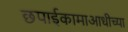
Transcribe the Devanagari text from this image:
छपाईकामाआधीच्या